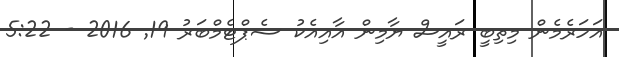
އަހަރެމެން މިތިބީ ރައީސް ޔާމިން އާއިއެކު ސެޕްޓެމްބަރު 19